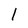
Character: l